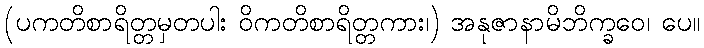
(ပကတိစာရိတ္တမှတပါး ဝိကတိစာရိတ္တကား၊) အနုဇာနာမိဘိက္ခဝေ၊ ပေ။